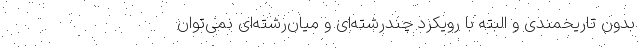
بدون تاریخمندی و البته با رویکرد چندرشته‌ای و میان‌رشته‌ای نمی‌توان